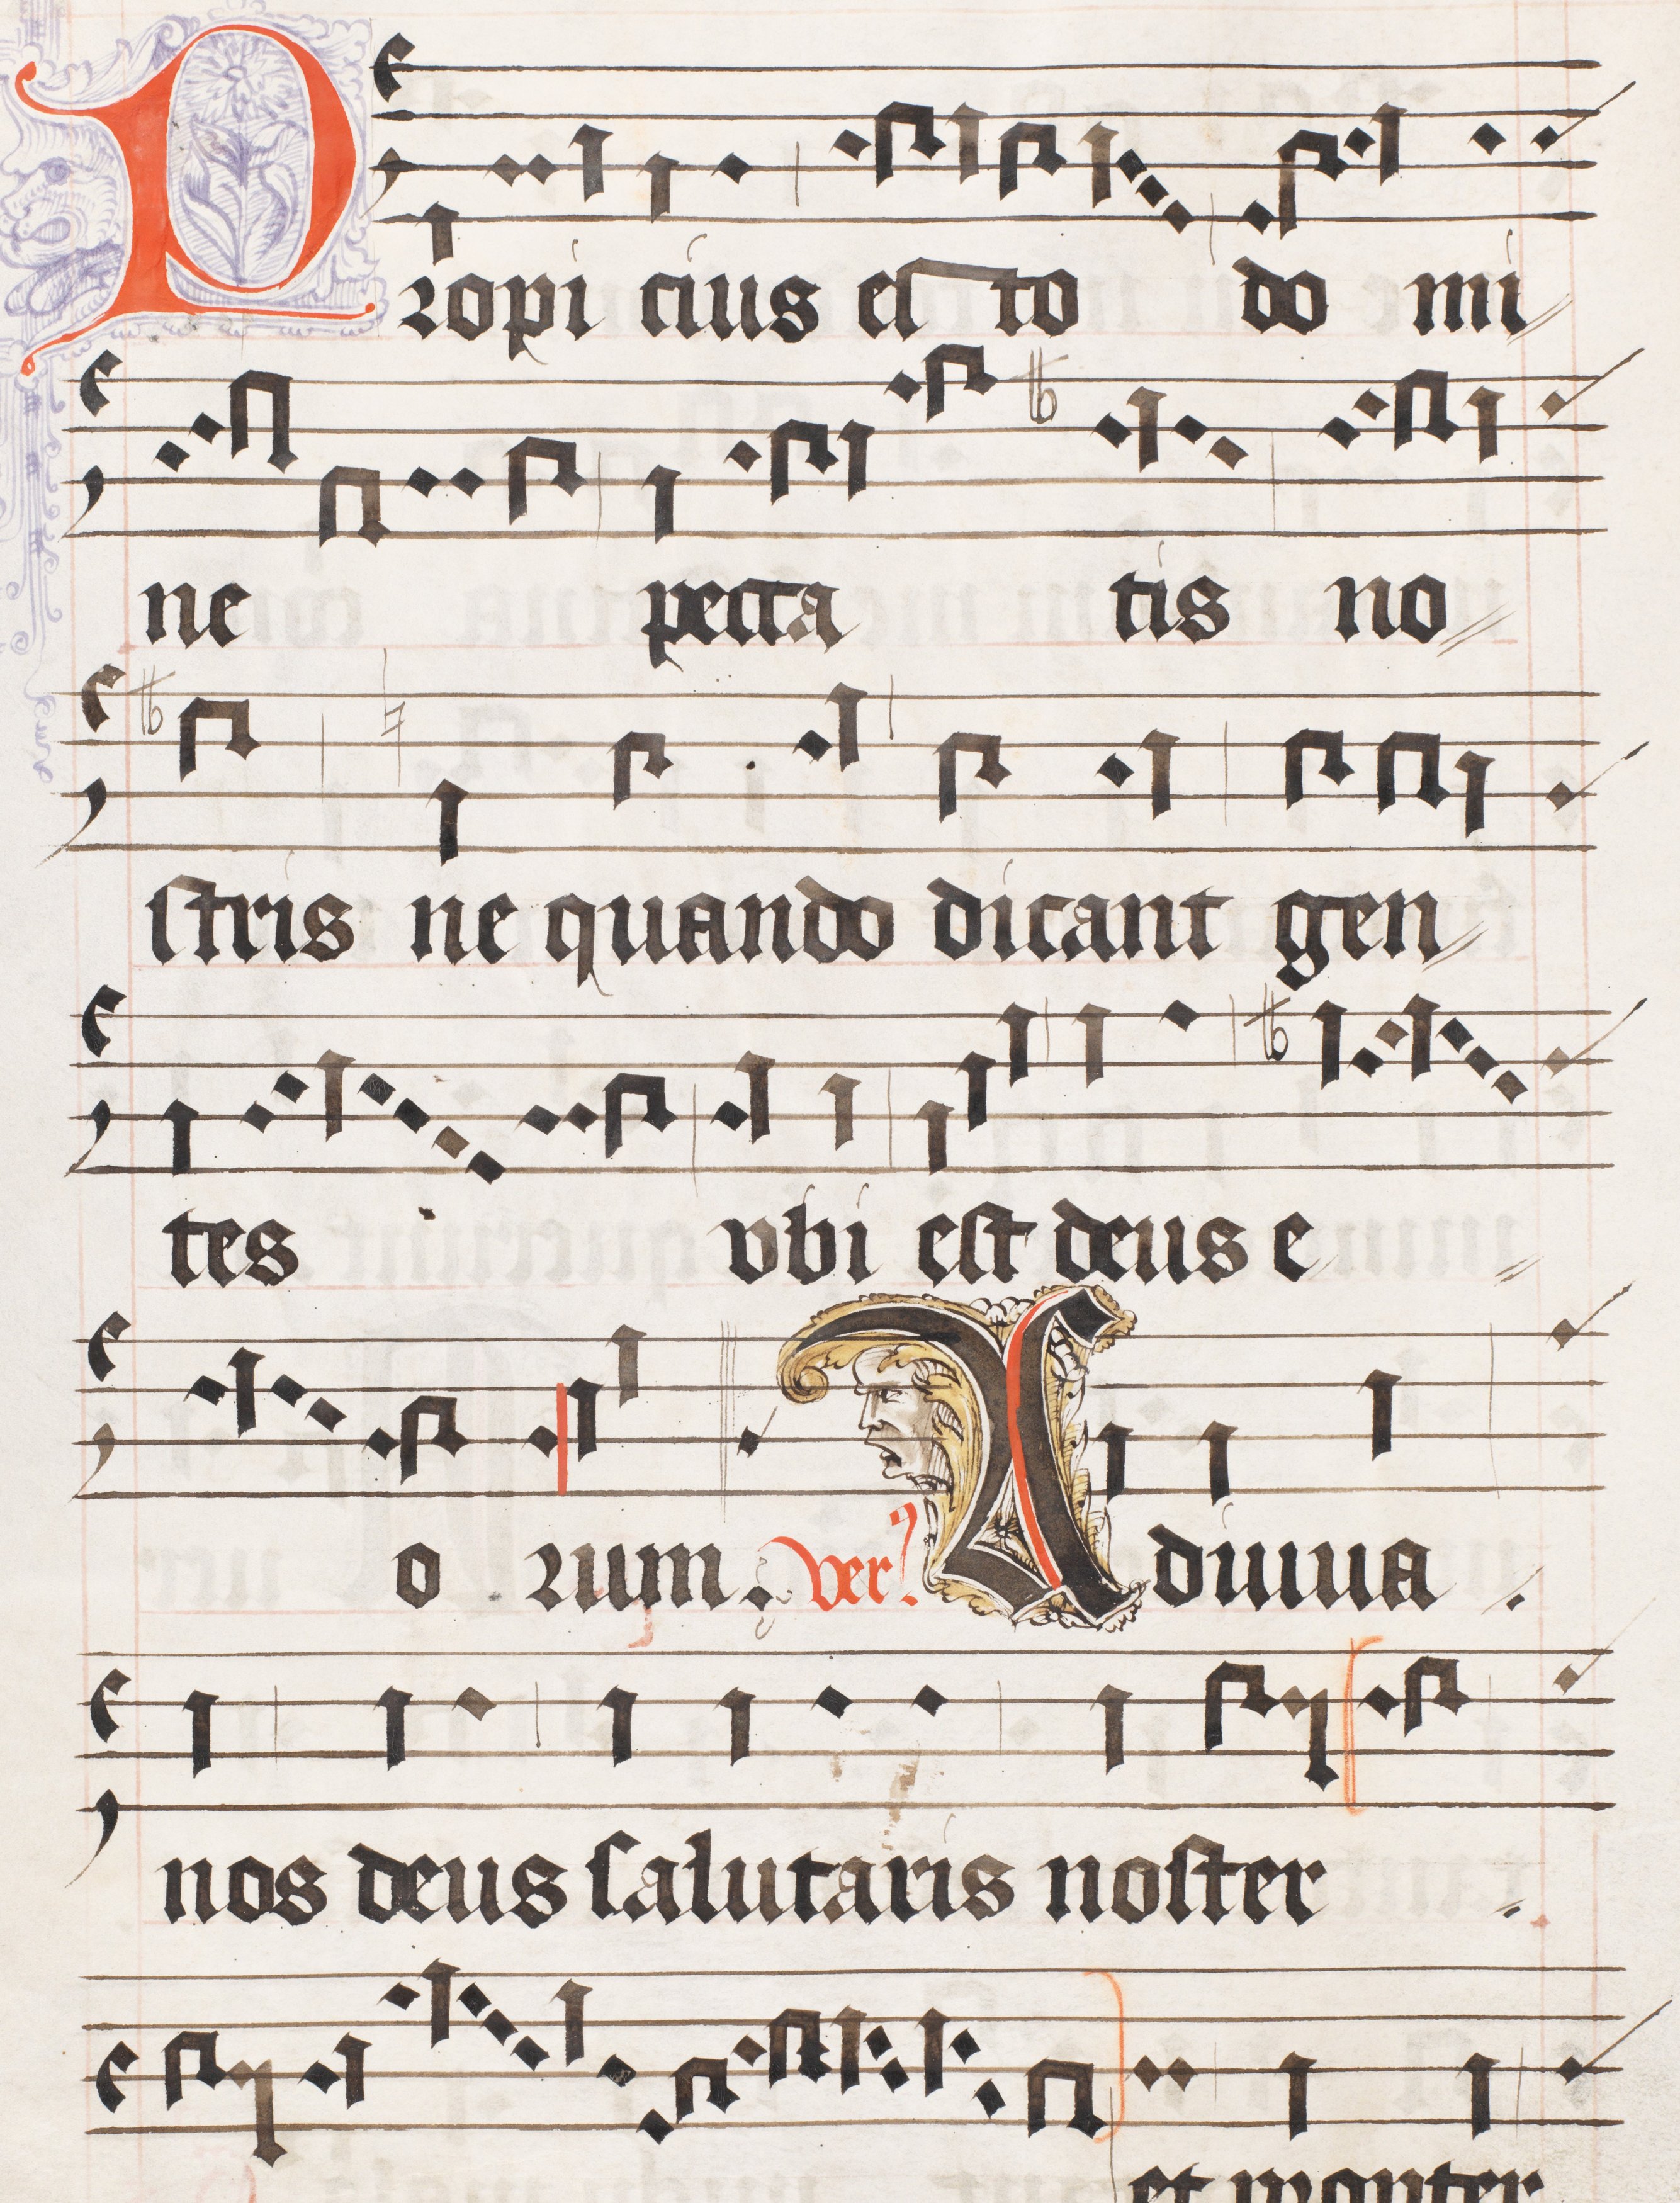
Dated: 1556–1559